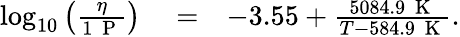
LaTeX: \begin{array}{rlr}{\log_{10}{\left(\frac{\eta}{1~\mathrm{~P~}}\right)}}&{{}=}&{-3.55+\frac{5084.9~\mathrm{~K~}}{T-584.9~\mathrm{~K~}}.}\end{array}